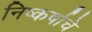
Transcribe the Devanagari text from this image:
निष्कर्षाचे